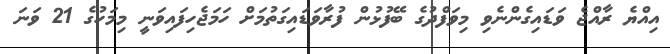
އިއްޔެ ރާއްޖެ ވަޑައިގެންނެވި މިވަފްދުގެ ބޭފުޅުން ފުރާވަޑައިގަތުމަށް ހަމަޖެހިފައިވަނީ މިމަހުގެ 21 ވަނަ